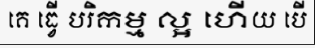
គេ ធ្វើ បរិកម្ម ល្អ ហើយ បើ